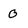
Character: 0